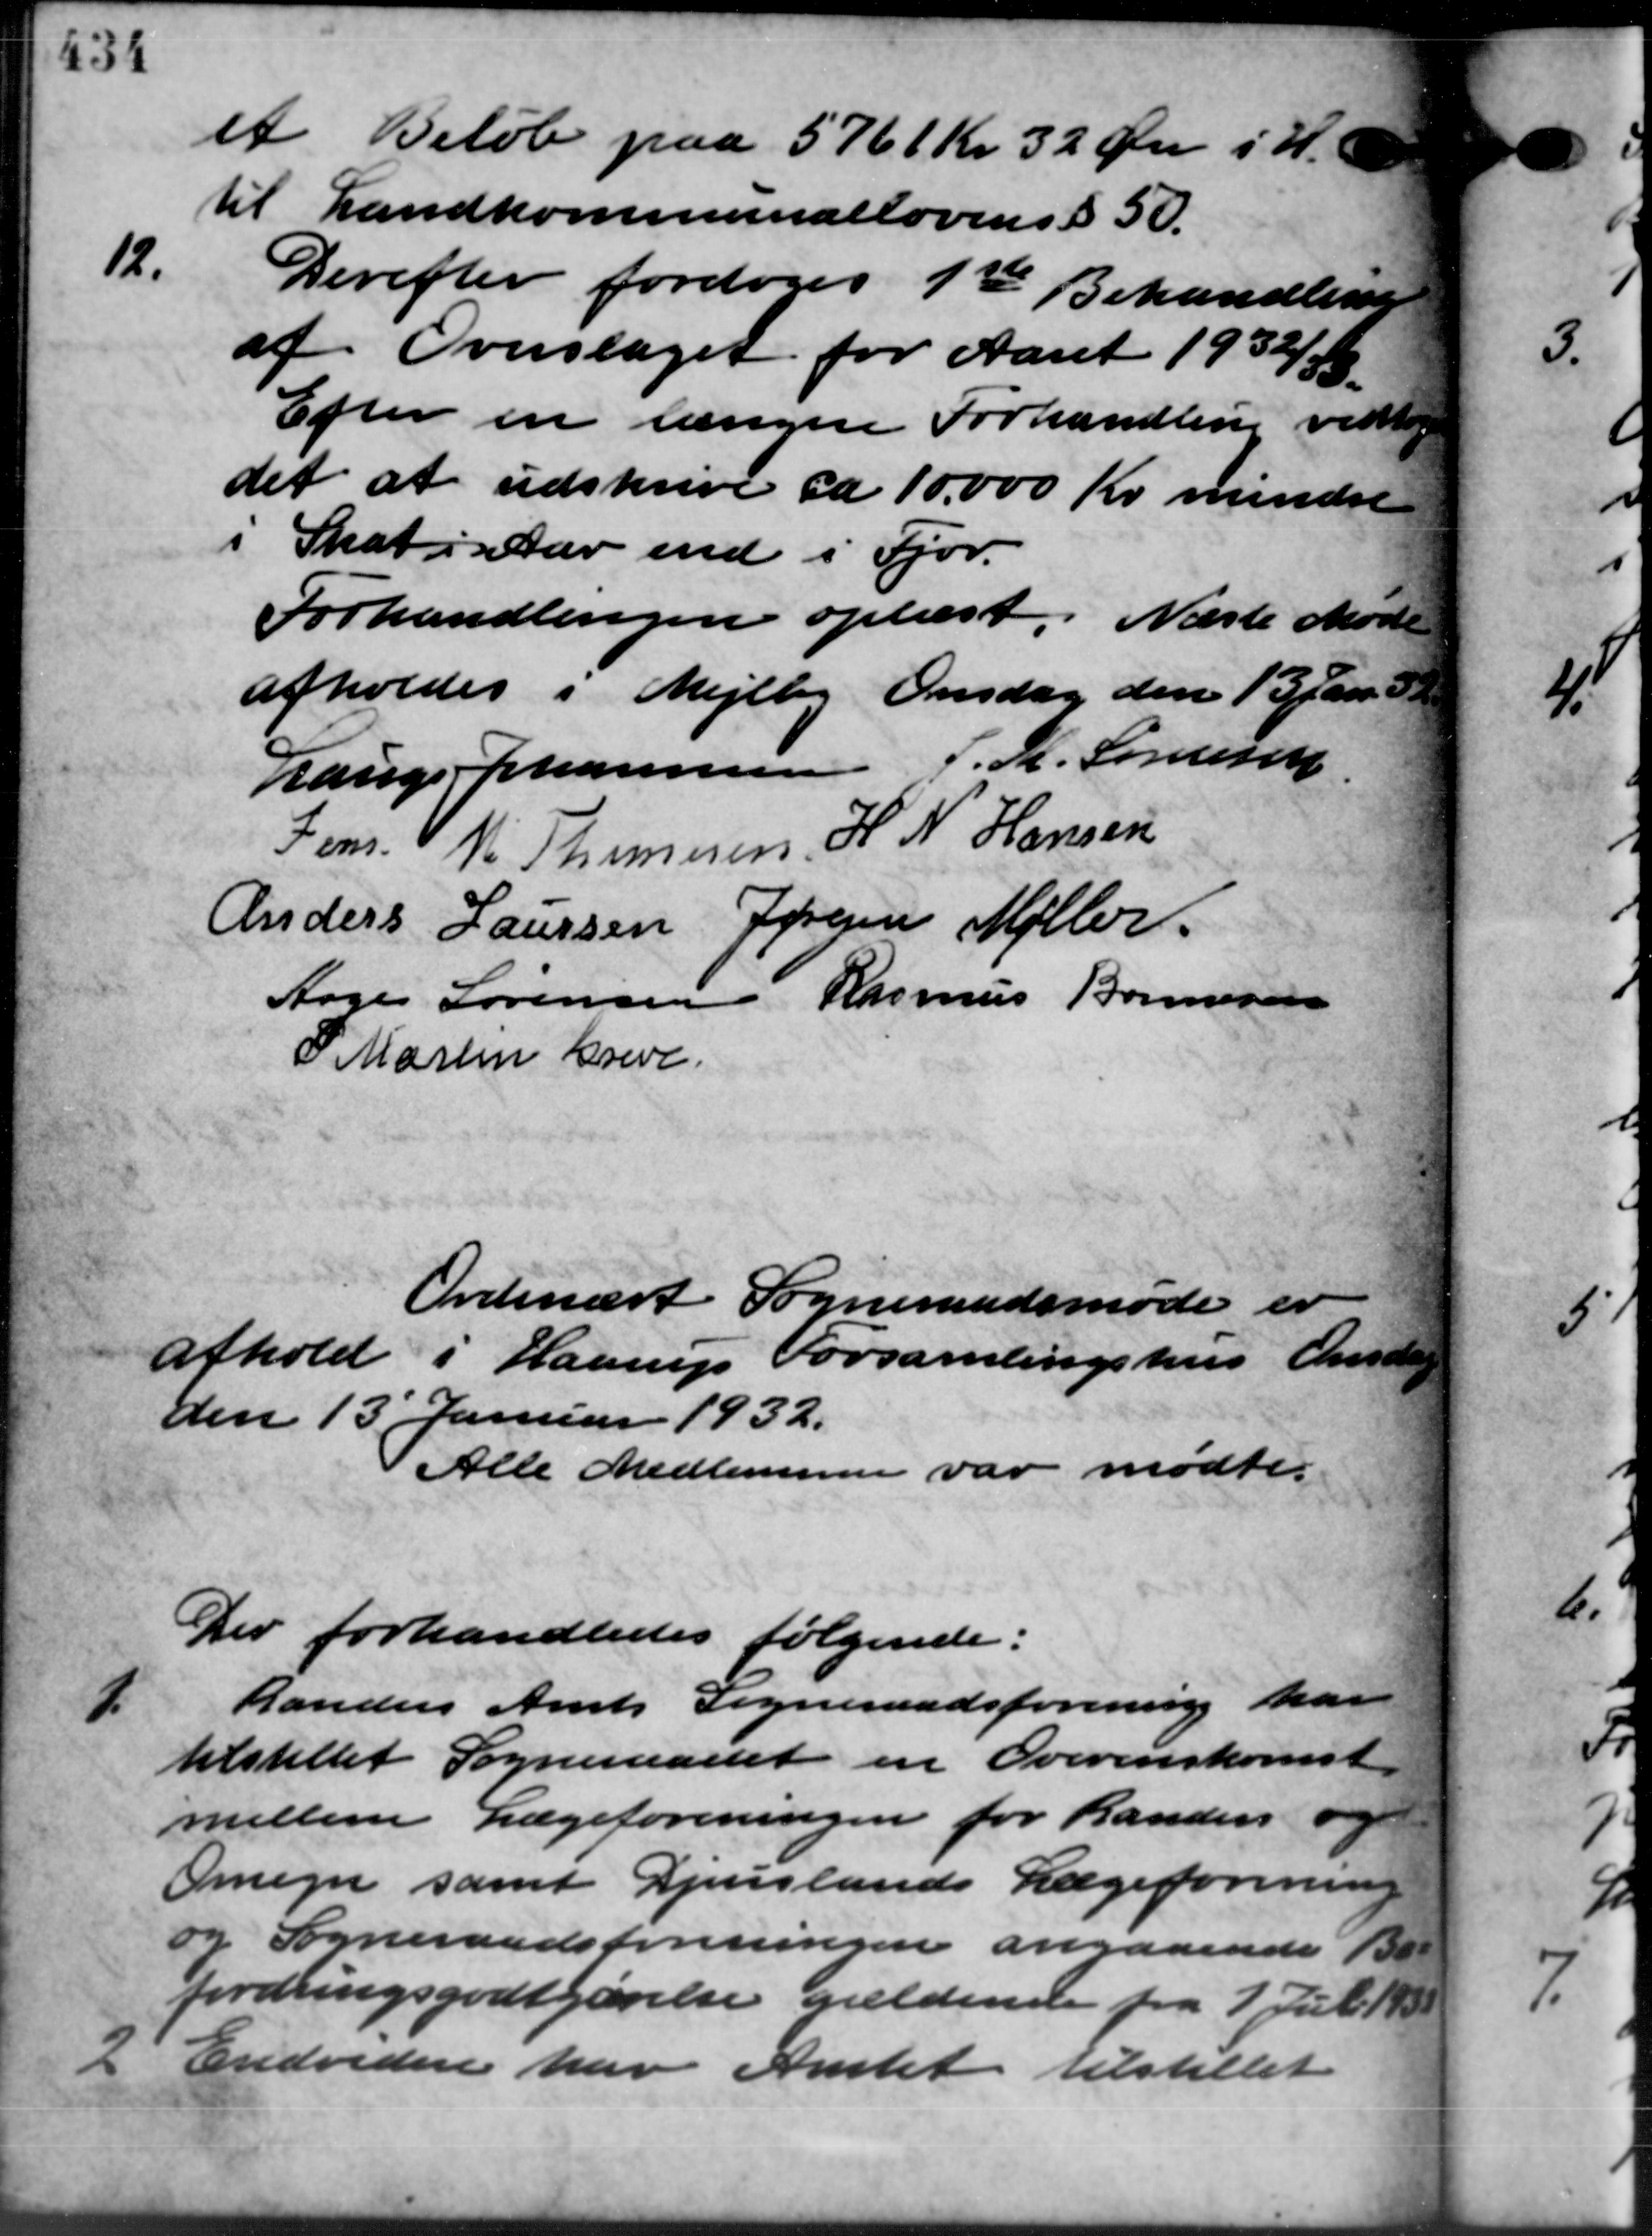
Transskription:
et Beløb paa 5761 Kr. 32 Øre i H.
til Landkommunallovens § 50.
12.
Derefter foretoges 1ste Behandling
af Overslaget for Aaret 1932/33.
Efter en længere Forhandlen vedtoges
det at udskrive ca 10.000 Kr. mindre
i Skat i Aar end i Fjor.
Forhandlingen oplæst. Næste Møde
afholdes i Mejlby Onsdag den 13 Jan. d. A
Lauge Johannesen J. M. Sørensen
Jens V. M. Thomsen  H. N. Hansen
Anders Laursen Jørgen Møller
Aage Sørensen
 Rasmus Bonnesen
P. Martin Greve.
Ordinært Sogneraadsmøde er
afhold i Haarup Forsamlingshus Onsda
den 13 Januar 1932.
Alle Medlemmer var mødte.
Der forhandledes følgende:
.
Randers Amts Sogneraadsforening har
tilstillet Sogneraadet en Overenskomst.
mellem Lægeforeningen for Randers o
Omegn samt Djuslands Lægeforening
og Sogneraadsforeningen angaaende Be –
fordringsgodtgørelse gældende fra 1 Juli 1889
i Endvidere har Amtet tilstillet
i Endvidere har Amtet tilstillet